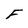
Character: F